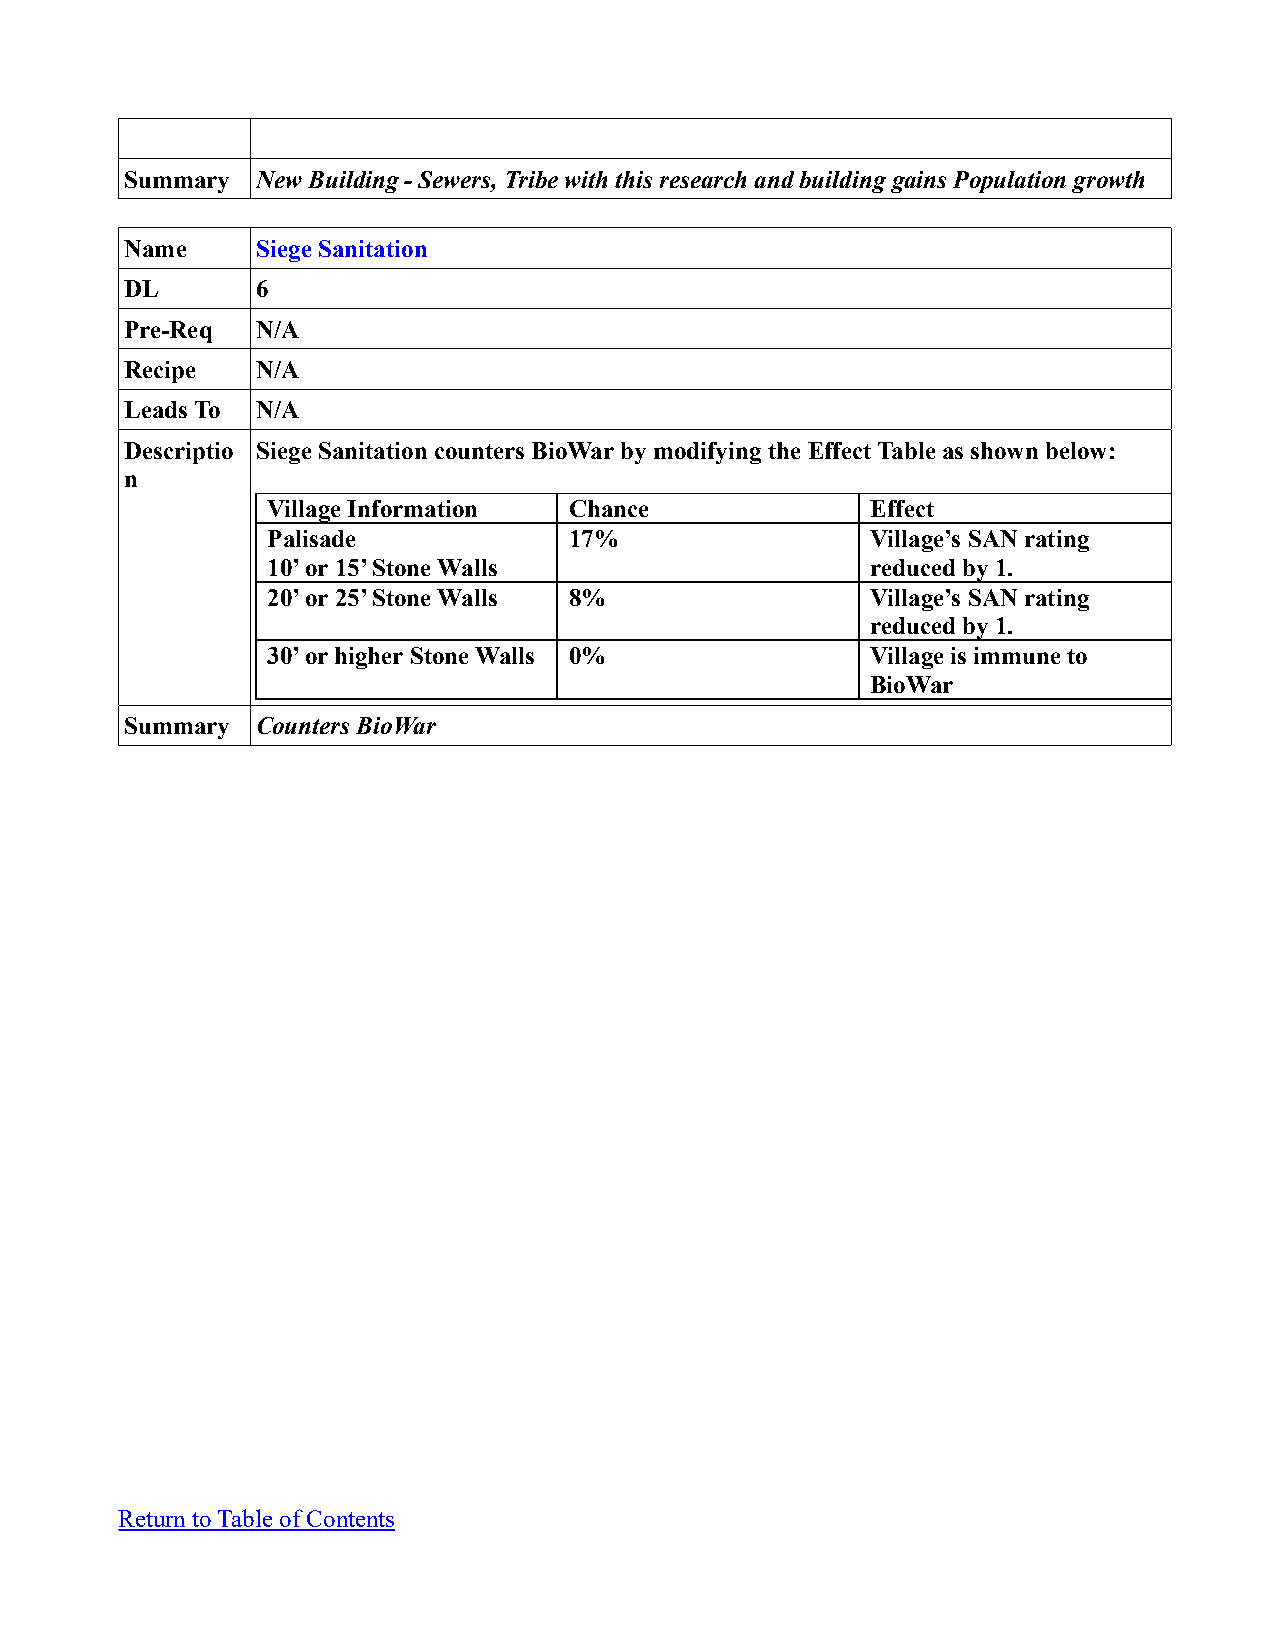
Summary  New Building - Sewers, Tribe with this research and building gains Population growth
 Name     Siege Sanitation
 DL       6
 Pre-Req  N/A
 Recipe   N/A
 Leads To N/A
 Descriptio Siege Sanitation counters BioWar by modifying the Effect Table as shown below:
 n
 Village Information Chance              Effect
 Palisade            17%                 Village’s SAN rating
 10’ or 15’ Stone Walls                  reduced by 1.
 20’ or 25’ Stone Walls 8%               Village’s SAN rating
 reduced by 1.
 30’ or higher Stone Walls 0%            Village is immune to
 BioWar
 Summary  Counters BioWar
 Return to Table of Contents